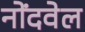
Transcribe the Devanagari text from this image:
नोंदवेल